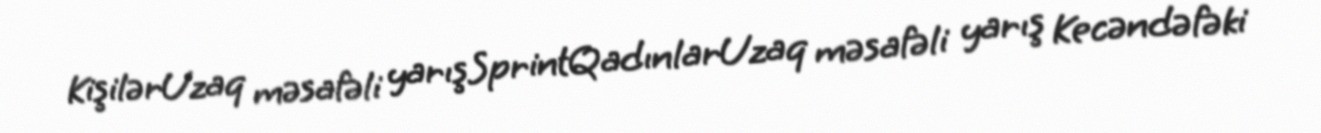
KişilərUzaq məsafəli yarışSprintQadınlarUzaq məsafəli yarış Kecəndəfəki